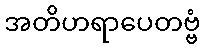
အတိဟရာပေတဗ္ဗံ